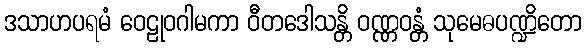
ဒသာဟပရမံ ဝေဠုဝဂါမကာ ဝီတဒေါသန္တိ ဝဏ္ဏဝန္တံ သုမေဓပဏ္ဍိတော